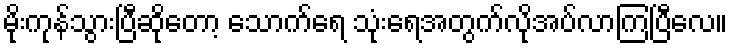
မိုးကုန်သွားပြီဆိုတော့ သောက်ရေ သုံးရေအတွက်လိုအပ်လာကြပြီလေ။